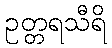
ဥတ္တရသီရိ